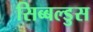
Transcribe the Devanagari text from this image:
सिब्बल्डुस